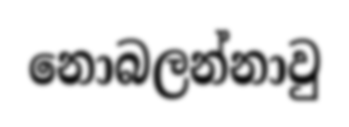
නොබලන්නාවු